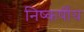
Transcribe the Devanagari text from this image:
निष्कर्षीय